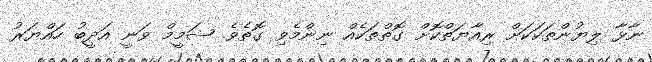
ނާޅާ ލިޔުންތަކަކަށް ރިއާޔަތްކޮށް ގޮތްތަކެއް ނިންމެވި ގޮތެވެ. ޝަމީމް ވަނީ އަދީބު ހައްޔަރު